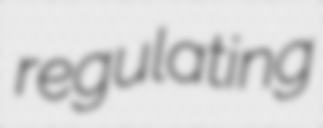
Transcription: regulating